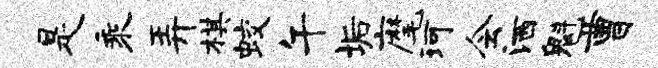
是乘弄棋蛟午垢麾珂会洒魁曹